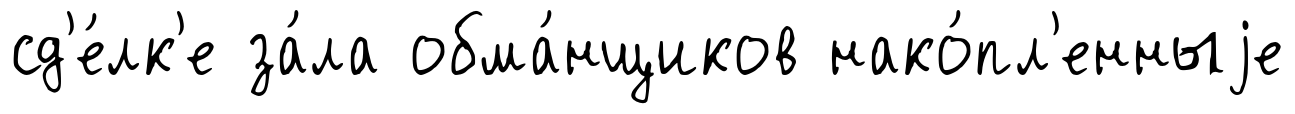
сд'е́лк'е за́ла обма́нщиков нако́пл'енныjе